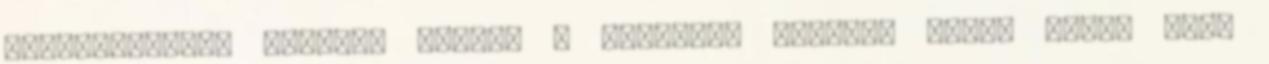
kommentálták. Családi portré a szekrény helyén. János attól fél,